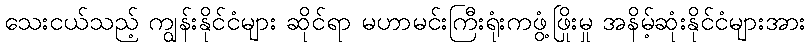
သေးငယ်သည့် ကျွန်းနိုင်ငံများ ဆိုင်ရာ မဟာမင်းကြီးရုံးကဖွံ့ဖြိုးမှု အနိမ့်ဆုံးနိုင်ငံများအား